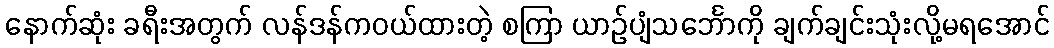
နောက်ဆုံး ခရီးအတွက် လန်ဒန်ကဝယ်ထားတဲ့ စကြာ ယာဉ်ပျံသင်္ဘောကို ချက်ချင်းသုံးလို့မရအောင်